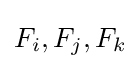
F_{i},F_{j},F_{k}